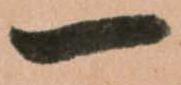
一